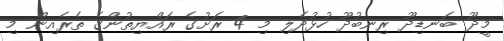
މީދޫ ބަނޑިދޫ ރިނބުދޫ ހުޅުދެލި މި 4 ރަށުގެ ރައްޔިތުންގެ ތެރެއިން މި